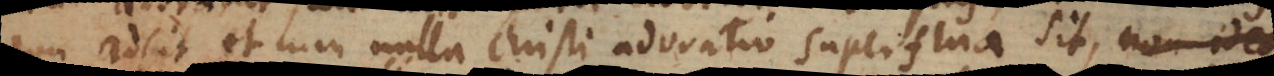
on adsit et cum nulla Christi adoratio superflua sit, non ideo